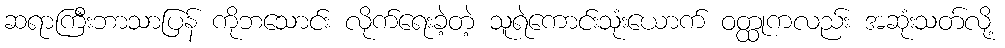
ဆရာကြီးဘာသာပြန် ကိုဘသောင်း လိုက်ရေးခဲ့တဲ့ သူရဲကောင်းသုံးယောက် ဝတ္ထုကလည်း အဆုံးသတ်လို့